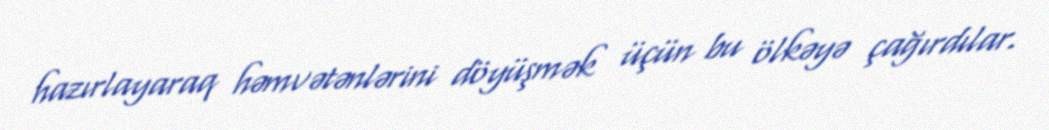
hazırlayaraq həmvətənlərini döyüşmək üçün bu ölkəyə çağırdılar.